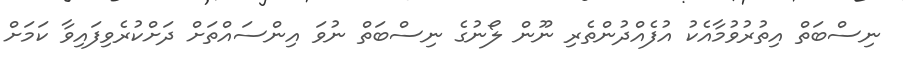
ނިސްބަތް އިތުރުވުމާއެކު އުފެއްދުންތެރި ނޫން ލޯނުގެ ނިސްބަތް ނުވަ އިންސައްތަށް ދަށްކުރެވިފައިވާ ކަމަށް